Annual statistical returns and brief notes on vaccination in Bengal - 1909-1929
Year: 1909
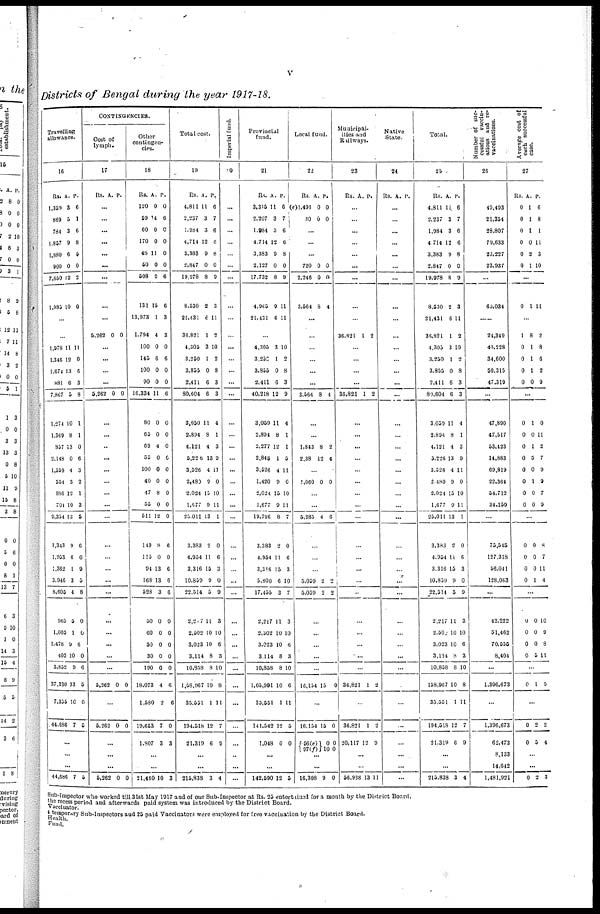
v
Districts of Bengal during the year 1917-18.
Travelling
allowance.
16
Rs.
1,359
869
784
1,857
1,880
900
7,650
1,985
A.
3
5
3
9
6
0
12
10
P.
6
1
6
8
5
0
2
0
...
...
1,978
1,346
1,674
881
7,867
1,274
1,369
357
2,148
1,559
554
886
701
9,354
1,343
1,953
1,362
3,946
8,605
965
1,005
1,478
403
3,852
37,330
7,356
44,686
11
12
13
6
5
10
8
13
0
4
3
12
10
13
9
6
1
3
4
5
1
9
10
9
13
10
7
11
0
6
3
8
1
1
0
6
3
2
1
3
5
6
0
9
5
8
0
0
6
0
6
5
0
5
...
...
...
44,686 7 5
CONTINGENCIES.
Cost of
lymph.
17
Rs. A. P.
...
...
...
...
...
...
...
...
...
5,262 0 0
...
...
...
...
5,262 0 0
...
...
...
...
...
...
...
...
...
...
...
...
...
...
...
...
...
...
...
5,262 0 0
...
5,262 0 0
...
...
...
5,262 0 0
Other
contingen-
cies.
18
Rs.
120
59
60
170
48
50
508
131
13,973
1,794
100
145
100
90
16,334
80
65
69
55
100
40
47
55
511
149
115
94
168
528
50
60
50
30
190
18,073
1,580
10,653
1,807
A.
0
14
0
0
11
0
9
15
1
4
0
6
0
0
11
0
0
4
0
0
0
8
0
12
8
0
13
13
3
0
0
0
0
0
4
2
7
3
P.
0
6
0
0
0
0
6
6
3
3
0
6
0
0
6
0
0
0
0
0
0
0
0
0
6
0
6
6
6
0
0
0
0
0
6
6
0
3
...
...
21,460 10 3
Total cost.
19
Rs.
4,811
2,237
1,984
4,714
3,383
2,847
19,978
8,530
21,431
36,821
4,305
3,250
3,855
2,411
80,604
3,050
2,894
4,121
5,226
3,526
2,480
2,024
1,577
25,011
3,383
4,954
3,316
10,859
22,514
2,217
2,502
3,023
3,114
10,858
1,58,967
35,551
194,518
21,319
A.
11
3
3
12
9
0
8
2
6
1
3
1
0
6
6
11
8
4
13
4
9
15
9
13
2
11
15
9
5
11
10
10
8
8
10
1
12
6
P.
6
7
6
8
8
0
9
3
11
2
10
2
8
3
3
4
1
3
9
11
0
10
11
1
0
6
3
0
9
3
10
6
3
10
8
11
7
9
...
...
215,838 3 4
Imperial fund.
20
...
...
...
...
...
...
...
...
...
...
...
...
...
...
...
...
...
...
...
...
...
...
...
...
...
...
...
...
...
...
...
...
...
...
...
...
...
...
...
...
...
Provincial
fund.
21
Rs.
3,315
2,207
1,984
4,714
3,383
2,127
17,732
4,965
21,431
A.
11
3
3
12
9
0
8
9
6
P.
6
7
6
6
8
0
9
11
11
...
4,305
3,250
3,855
2,411
40,218
3,069
2,894
2,277
2,846
3,526
1,420
2,024
1,677
19,726
3,383
4,954
3,316
5,800
17,455
2,217
2,502
3,023
3,114
10,858
1,05,991
35,551
141,542
1,048
3
1
0
6
12
11
8
12
1
4
9
15
9
8
0
11
15
6
3
11
10
10
8
8
10
1
12
0
10
2
8
3
9
4
1
1
5
11
0
10
11
7
0
6
3
10
7
3
10
6
3
10
6
11
5
0
...
...
142,590 12 5
Local fund.
22
Rs.
(e)1,498
30
A.
0
0
P.
0
0
...
...
...
720
2,246
3,564
0
0
8
0
0
4
...
...
...
...
...
...
3,564 8 4
...
...
1,843
2.38
8
12
2
4
...
1,060 0 0
...
...
5,285 4 6
...
...
...
5,059
5,059
2
2
2
2
...
...
...
...
...
16,154 15 0
...
16,154
56(e)
07(f)
15
0
10
0
0
0
...
...
16,308 9 0
Municipal-
ities and
Railways.
23
Rs.
A.
P.
...
...
...
...
...
...
...
...
...
36,821 1 2
...
...
...
...
36,821 1 2
...
...
...
...
...
...
...
...
...
...
...
...
...
...
...
...
...
...
...
36,821 1 2
...
36,821
20,117
1
12
2
9
...
...
56,938 13 11
Native
State.
24
Rs. A. P.
...
...
...
...
...
...
...
...
...
...
...
...
...
...
...
...
...
...
...
...
...
...
...
...
...
...
...
...
...
...
...
...
...
...
...
...
...
...
...
...
...
Total.
25
Rs.
4,811
2,237
1,984
4,714
3,383
2,847
19,978
8,530
21,431
36,821
4,305
3,250
3,855
2,411
80,604
3,059
2,894
4,121
5,226
3,526
2,480
2,024
1,677
25,011
3,383
4,954
3,316
10,859
22,514
2,217
2,500
3,023
3,114
10,858
158,967
35,551
194,518
21,319
A.
11
3
3
12
9
0
8
2
6
1
3
1
0
6
6
11
8
4
13
4
9
15
9
13
2
11
15
9
5
11
10
10
8
8
10
1
12
6
P.
6
7
6
6
8
0
9
3
11
2
10
2
8
3
3
4
1
3
9
11
0
10
11
1
0
6
3
0
9
3
10
6
3
10
8
11
7
9
...
...
215,838 3 4
Number of suc-
cessful vaccin-
ations and re-
vaccinations.
26
49,493
21,354
28,807
79,633
23,227
23,937
...
69,034
...
24,319
40,228
34,600
50,315
47,319
...
47,890
47,517
53,423
14,883
69,819
22,364
54,712
34,159
...
75,545
127,318
56,041
128,063
...
42,222
51,462
70,555
8,404
...
1,396,673
...
1,396,673
62,473
8,133
14,642
1,481,921
Average cost of
each successful
case.
27
Rs.
0
0
0
0
0
0
A.
1
1
1
0
2
1
P.
6
8
1
11
3
10
...
0 1 11
...
1
0
0
0
0
8
1
1
1
0
2
8
6
2
9
...
0
0
0
0
0
0
0
0
1
0
1
5
0
1
0
0
0
11
2
7
9
9
7
9
...
0
0
0
0
0
0
0
1
8
7
11
4
...
0
0
0
0
0
0
0
5
10
9
8
11
...
0 1 9
...
0
0
2
5
2
4
...
...
0 2 3
Sub-Inspector who worked till 31st May 1917 and of one Sub-Inspector at Rs. 25 entertained for a month by the District Board.
the recess period and afterwards paid system was introduced by the District Board.
vaccinator.
4 temporary Sub-Inspectors and 25 paid Vaccinators were employed for free vaccination by the District Board.
Health.
Fund.